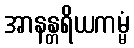
အာနန္တရိယကမ္မံ